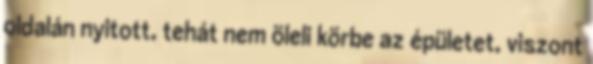
oldalán nyitott, tehát nem öleli körbe az épületet, viszont